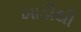
ખાડીથી